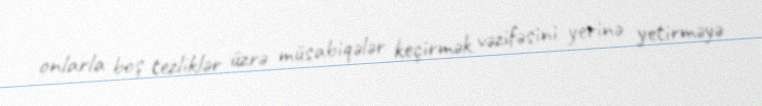
onlarla boş tezliklər üzrə müsabiqələr keçirmək vəzifəsini yerinə yetirməyə